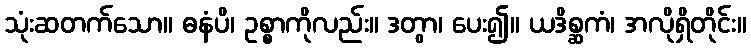
သုံးဆတက်သော။ ဓနံပိ၊ ဥစ္စာကိုလည်း။ ဒတွာ၊ ပေး၍။ ယဒိစ္ဆကံ၊ အလိုရှိတိုင်း။